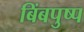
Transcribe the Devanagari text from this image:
बिंबपुष्प